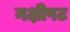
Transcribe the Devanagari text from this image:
नक्षीपट